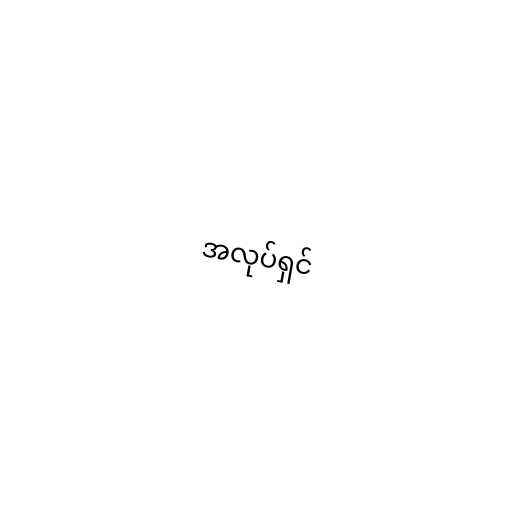
အလုပ်ရှင်